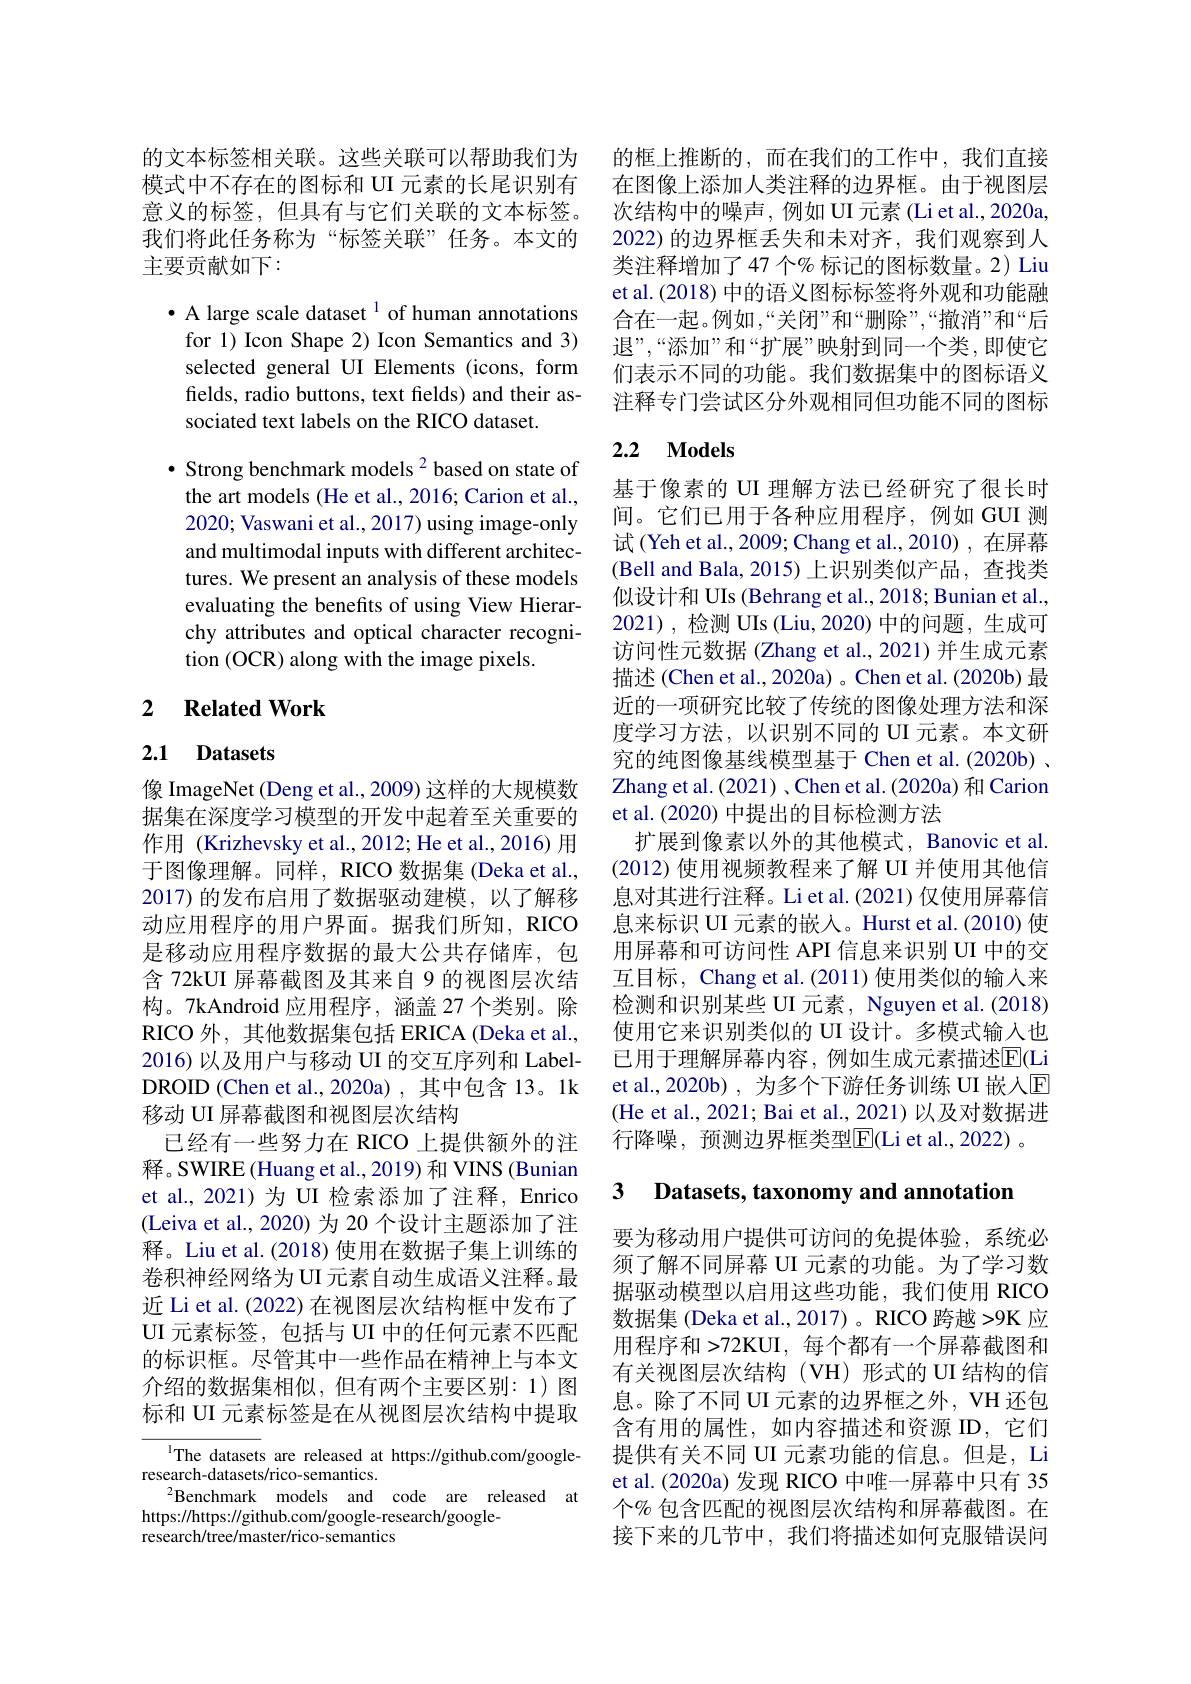
的文本标签相关联。这些关联可以帮助我们为模式中不存在的图标和 UI 元素的长尾识别有意义的标签，但具有与它们关联的文本标签。我们将此任务称为“标签关联”任务。本文的主要贡献如下：

· A large scale dataset $^{1}$ of human annotations for 1) Icon Shape 2) Icon Semantics and 3) selected general UI Elements (icons, form felds, radio buttons, text felds) and their associated text labels on the RICO dataset.

· Strong benchmark models $^{2}$ based on state of the art models (He et al., 2016; Carion et al., 2020; Vaswani et al., 2017) using image-only and multimodal inputs with different architectures. We present an analysis of these models evaluating the benefits of using View Hierarchy attributes and optical character recognition (OCR) along with the image pixels.

## 2 $\textbf{Related Work}$

# 2.1 Datasets

像 ImageNet (Deng et al., 2009) 这样的大规模数据集在深度学习模型的开发中起着至关重要的作用 (Krizhevsky et al., 2012; He et al., 2016) 用于图像理解。同样，RICO 数据集 (Deka et al., 2017)的发布启用了数据驱动建模，以了解移动应用程序的用户界面。据我们所知，RICO 是移动应用程序数据的最大公共存储库，包含 72kUI 屏幕截图及其来自 9 的视图层次结构。7kAndroid 应用程序，涵盖 27 个类别。除RICO 外，其他数据集包括 ERICA (Deka et al., 2016)以及用户与移动 UI 的交互序列和 LabelDROID (Chen et al.,2020a),其中包含 13。1k 移动 UI 屏幕截图和视图层次结构
已经有一些努力在 RICO 上提供额外的注释。SWIRE(Huang et al., 2019) 和 VINS (Bunian et al., 2021)为 UI 检索添加了注释，Enrico (Leiva et al., 2020)为 20 个设计主题添加了注释。Liu et al.(2018) 使用在数据子集上训练的卷积神经网络为UI 元素自动生成语义注释。最近 Li et al. (2022) 在视图层次结构框中发布了UI 元素标签，包括与 UI 中的任何元素不匹配的标识框。尽管其中一些作品在精神上与本文介绍的数据集相似，但有两个主要区别：1)图标和 UI 元素标签是在从视图层次结构中提取

The datasets are released at https://github.com/google-
research-datasets/rico-semantics.
$^{2}$Benchmark models and code are released at
https://https://github.com/google-research/google-
research/tree/master/rico-semantics

的框上推断的，而在我们的工作中，我们直接在图像上添加人类注释的边界框。由于视图层次结构中的噪声，例如 UI 元素 (Li et al., 2020a, 2022)的边界框丢失和未对齐，我们观察到人类注释增加了47 个% 标记的图标数量。2) Liu et al. (2018) 中的语义图标标签将外观和功能融合在一起。例如，“关闭”和“删除”,“撤消”和“后退”,“添加”和“扩展”映射到同一个类，即使它们表示不同的功能。我们数据集中的图标语义注释专门尝试区分外观相同但功能不同的图标

### 2.2 $\mathbf{Models}$

基于像素的 UI 理解方法已经研究了很长时间。它们已用于各种应用程序，例如 GUI 测试 (Yeh et al., 2009; Chang et al., 2010) , 在屏幕(Bell and Bala, 2015) 上识别类似产品，查找类似设计和 UIs (Behrang et al., 2018; Bunian et al., 2021),检测 UIs (Liu,2020) 中的问题，生成可访问性元数据 (Zhang et al., 2021) 并生成元素描述 (Chen et al., 2020a) 。Chen et al. (2020b) 最近的一项研究比较了传统的图像处理方法和深度学习方法，以识别不同的 UI 元素。本文研究的纯图像基线模型基于 Chen et al.(2020b) . Zhang et al. (2021) , Chen et al. (2020a) 和 Carion et al.(2020) 中提出的目标检测方法
扩展到像素以外的其他模式，Banovic et al. (2012) 使用视频教程来了解 UI 并使用其他信息对其进行注释。Li et al.(2021) 仅使用屏幕信息来标识 UI 元素的嵌入。Hurst et al.(2010) 使用屏幕和可访问性 API 信息来识别 UI 中的交互目标，Chang et al.(2011) 使用类似的输入来检测和识别某些 UI 元素，Nguyen et al. (2018) 使用它来识别类似的 UI 设计。多模式输入也已用于理解屏幕内容，例如生成元素描述$\overline{\mathrm{E}}($Li et al., 2020b) , 为多个下游任务训练 UI 嵌入$\overline{\mathrm{E}}$ (He et al., 2021; Bai et al., 2021)以及对数据进行降噪，预测边界框类型$\overline{\mathrm{E}}($Li et al.,2022)。

3 Datasets, taxonomy and annotation

要为移动用户提供可访问的免提体验，系统必须了解不同屏幕 UI 元素的功能。为了学习数据驱动模型以启用这些功能，我们使用 RICO 数据集 (Deka et al., 2017)。RICO 跨越 >9K 应用程序和 >72KUI, 每个都有一个屏幕截图和有关视图层次结构(VH)形式的 UI 结构的信息。除了不同 UI 元素的边界框之外，VH 还包含有用的属性，如内容描述和资源 ID,它们提供有关不同 UI 元素功能的信息。但是，Li et al.(2020a) 发现 RICO 中唯一屏幕中只有 35个% 包含匹配的视图层次结构和屏幕截图。在接下来的几节中，我们将描述如何克服错误问